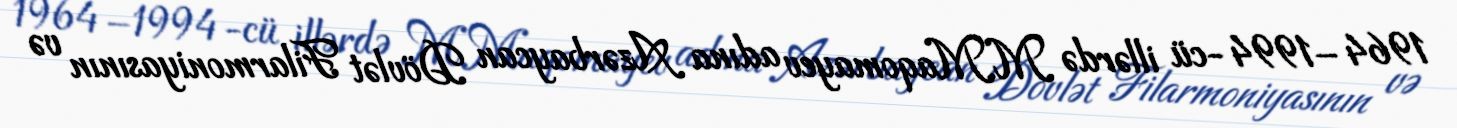
1964–1994-cü illərdə M.Maqomayev adına Azərbaycan Dövlət Filarmoniyasının və